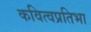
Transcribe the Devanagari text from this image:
कवित्वप्रतिभा